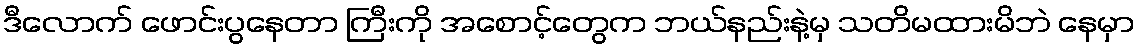
ဒီလောက် ဖောင်းပွနေတာ ကြီးကို အစောင့်တွေက ဘယ်နည်းနဲ့မှ သတိမထားမိဘဲ နေမှာ